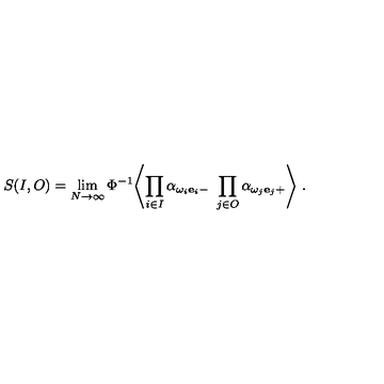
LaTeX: S ( I , O ) = \lim _ { N \to \infty } \Phi ^ { - 1 } \Biggl \langle \prod _ { i \in I } \alpha _ { { \omega _ { i } { \bf e } _ { i } } - } \ \prod _ { j \in O } \alpha _ { { \omega _ { j } { \bf e } _ { j } } + } \Biggr \rangle \ .